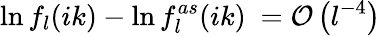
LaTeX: \ln f_{l}(ik)-\ln f_{l}^{as}(ik)\ ={\cal O}\left(l^{-4}\right)